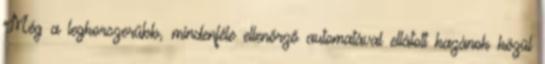
Még a legkorszerűbb, mindenféle ellenőrző automatával ellátott kazánok közül